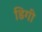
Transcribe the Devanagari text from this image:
डिगी